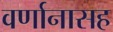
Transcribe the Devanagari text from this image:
वर्णानासह